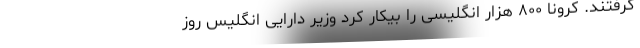
گرفتند. کرونا ۸۰۰ هزار انگلیسی را بیکار کرد وزیر دارایی انگلیس روز